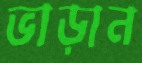
ভাড়ান